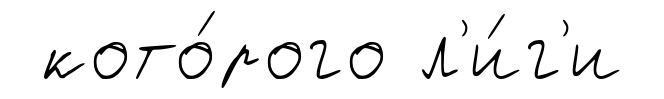
кото́рого л'и́г'и